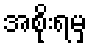
အစိုးရမှ